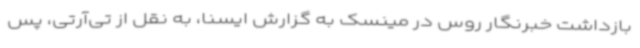
بازداشت خبرنگار روس در مینسک به گزارش ایسنا، به نقل از تی‌آرتی، پس